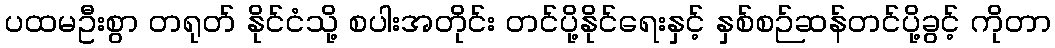
ပထမဦးစွာ တရုတ် နိုင်ငံသို့ စပါးအတိုင်း တင်ပို့နိုင်ရေးနှင့် နှစ်စဉ်ဆန်တင်ပို့ခွင့် ကိုတာ